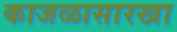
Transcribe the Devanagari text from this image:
काजळासारखा